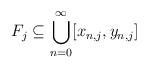
\begin{align*} F_j \subseteq \bigcup_{n=0}^\infty [x_{n,j},y_{n,j}]\end{align*}